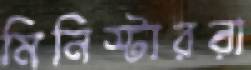
মিনিস্টাররা